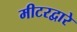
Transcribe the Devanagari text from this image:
मीटरद्वारे